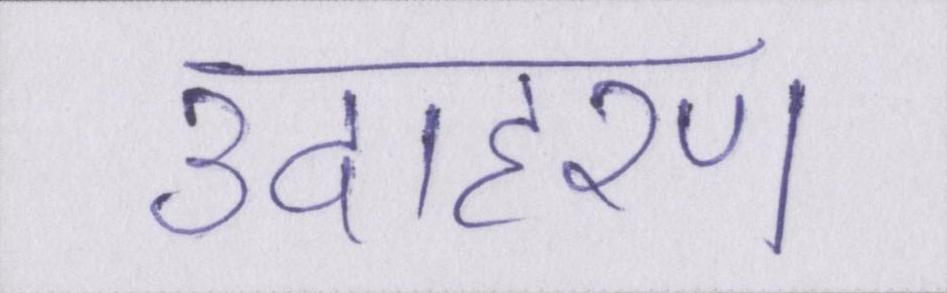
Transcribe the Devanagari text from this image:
उदाहरण